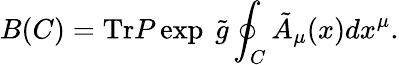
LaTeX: B(C)=\mathrm{Tr}P\exp\ \tilde{g}\oint_{C}\tilde{A}_{\mu}(x)dx^{\mu}.